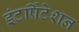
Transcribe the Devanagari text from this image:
इंटर्प्रिटेशन